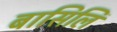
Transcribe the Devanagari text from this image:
बासिलि